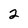
Character: 2